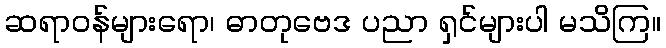
ဆရာဝန်များရော၊ ဓာတုဗေဒ ပညာ ရှင်များပါ မသိကြ။